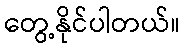
တွေ့နိုင်ပါတယ်။